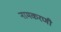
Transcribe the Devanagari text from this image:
नामकरणी